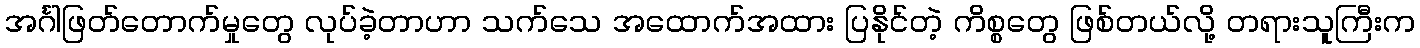
အင်္ဂါဖြတ်တောက်မှုတွေ လုပ်ခဲ့တာဟာ သက်သေ အထောက်အထား ပြနိုင်တဲ့ ကိစ္စတွေ ဖြစ်တယ်လို့ တရားသူကြီးက